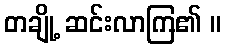
တချို့ ဆင်းလာကြ၏ ။